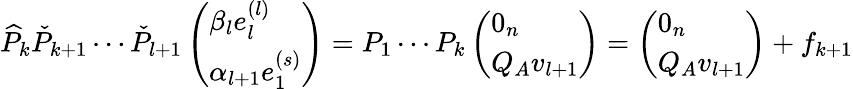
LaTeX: \widehat{P}_{k}\check{P}_{k+1}\cdots\check{P}_{l+1}\left(\begin{array}{l}{\beta_{l}e_{l}^{(l)}}\\ {\alpha_{l+1}e_{1}^{(s)}}\end{array}\right)=P_{1}\cdots P_{k}\left(\begin{array}{l}{0_{n}}\\ {Q_{A}v_{l+1}}\end{array}\right)=\left(\begin{array}{l}{0_{n}}\\ {Q_{A}v_{l+1}}\end{array}\right)+f_{k+1}